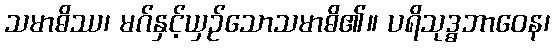
သမာဓိဿ၊ မဂ်နှင့်ယှဉ်သောသမာဓိ၏။ ပရိသုဒ္ဓဘာဝေန၊